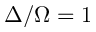
\Delta / \Omega = 1